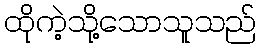
ထိုကဲ့သို့သောသူသည်